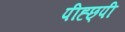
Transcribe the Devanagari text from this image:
पीह्छ्पी